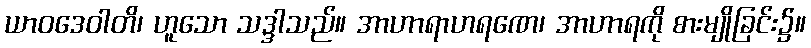
ယာဝဒေဝါတိ၊ ဟူသော သဒ္ဒါသည်။ အာဟာရာဟရဏေ၊ အာဟာရကို စားမျိုခြင်း၌။